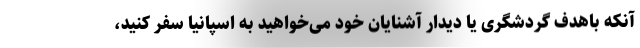
آنکه باهدف گردشگری یا دیدار آشنایان خود می‌خواهید به اسپانیا سفر کنید،